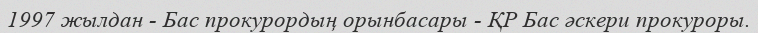
1997 жылдан - Бас прокурордың орынбасары - ҚР Бас әскери прокуроры.